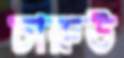
চারুউ